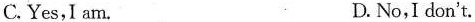
C.Yes,I am. D. No,I don't.